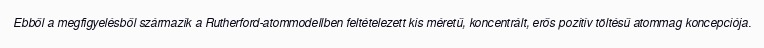
Ebből a megfigyelésből származik a Rutherford-atommodellben feltételezett kis méretű, koncentrált, erős pozitív töltésű atommag koncepciója.